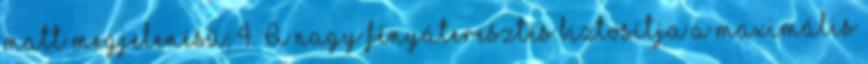
matt megjelenésű; 4. A nagy fényáteresztés biztosítja a maximális